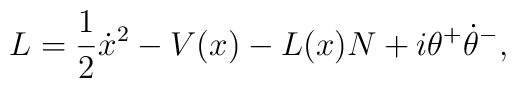
L=\frac 12\dot x^2-V(x)-L(x)N+i\theta^+\dot\theta^-,